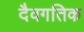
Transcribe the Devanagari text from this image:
दैवगतिक